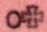
o+